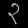
Digit: ၃